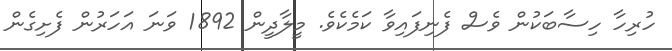
ހުރިހާ ހިސާބަކުން ވެސް ފެނިފައިވާ ކަމެކެވެ. މީލާދީން 1892 ވަނަ އަހަރުން ފެށިގެން